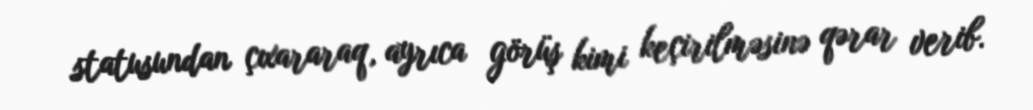
statusundan çıxararaq, ayrıca görüş kimi keçirilməsinə qərar verib.